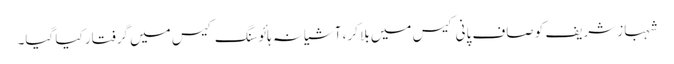
شہباز شریف کو صاف پانی کیس میں بلا کر، آشیانہ ہائوسنگ کیس میں گرفتار کیا گیا۔